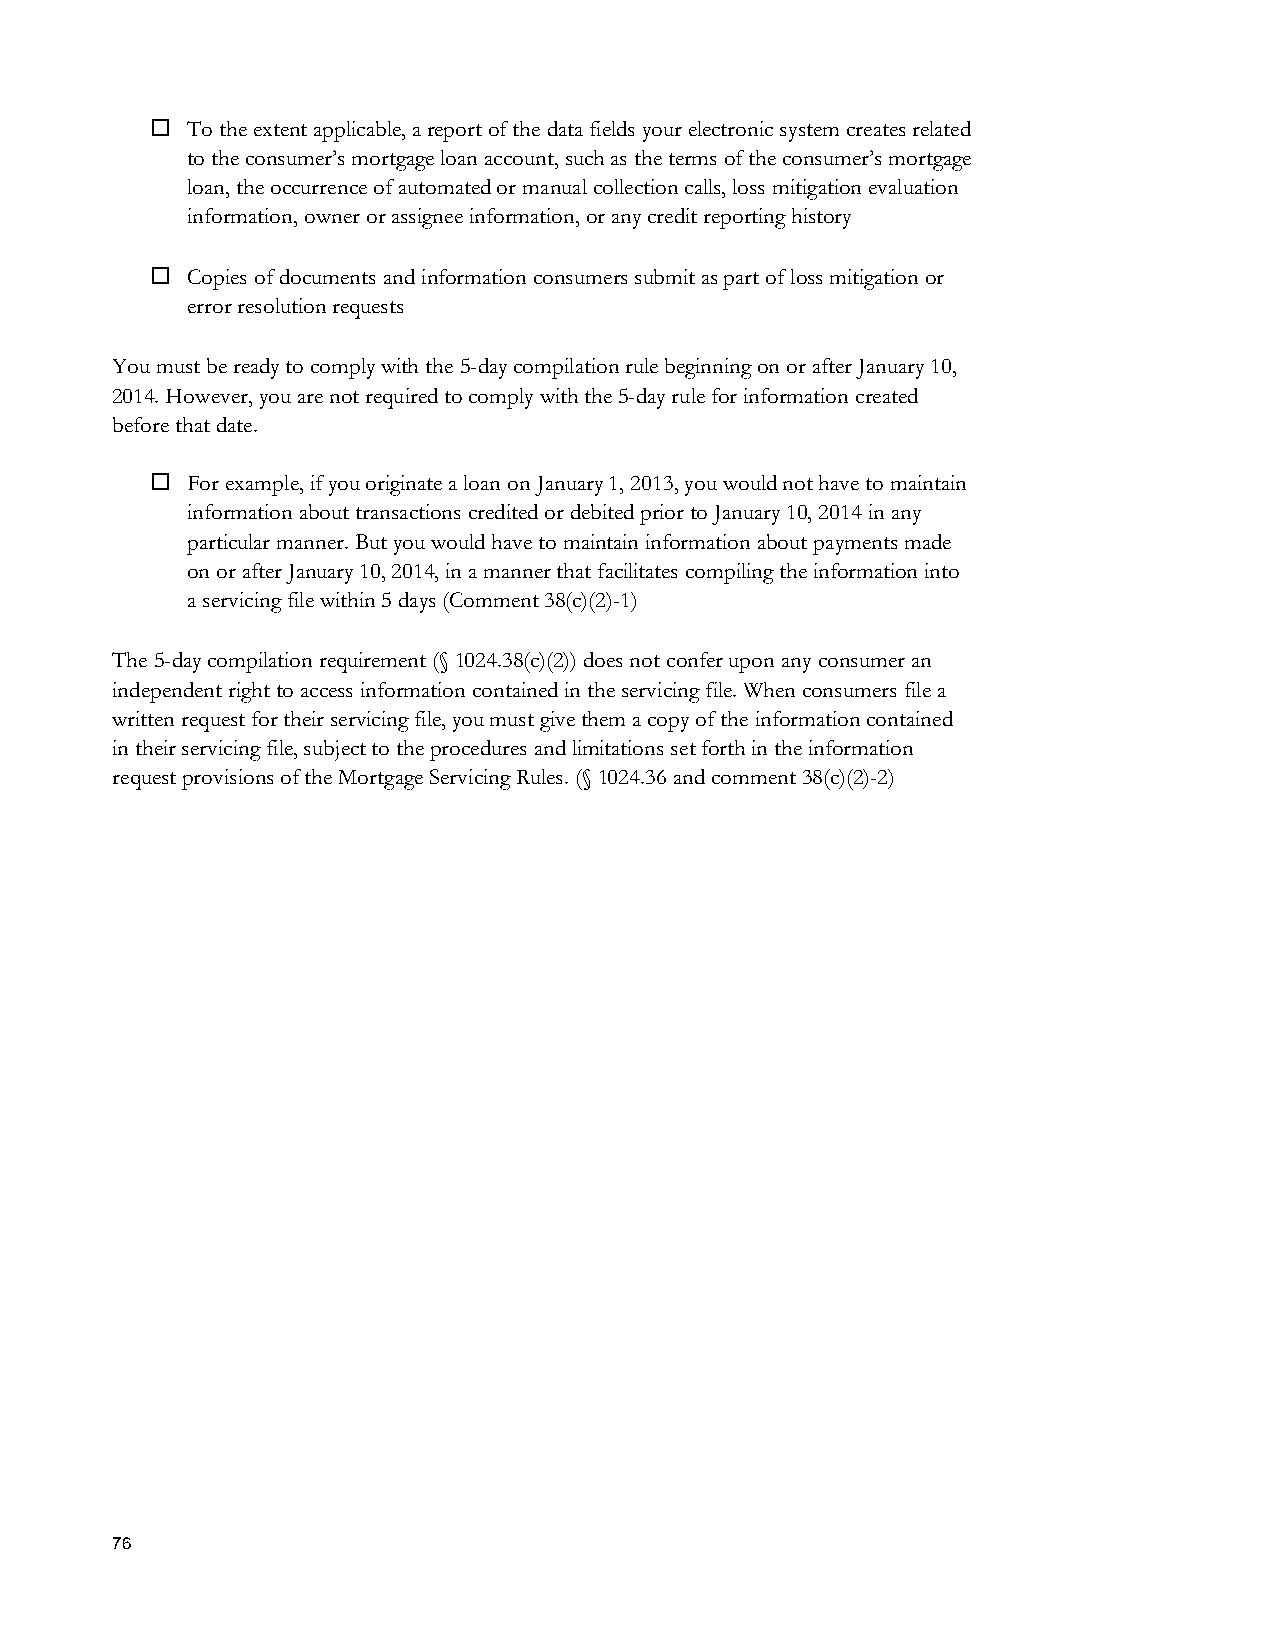
 To the extent applicable, a report of the data fields your electronic system creates related
 to the consumer’s mortgage loan account, such as the terms of the consumer’s mortgage
 loan, the occurrence of automated or manual collection calls, loss mitigation evaluation
 information, owner or assignee information, or any credit reporting history
  Copies of documents and information consumers submit as part of loss mitigation or
 error resolution requests
 You must be ready to comply with the 5-day compilation rule beginning on or after January 10,
 2014. However, you are not required to comply with the 5-day rule for information created
 before that date.
  For example, if you originate a loan on January 1, 2013, you would not have to maintain
 information about transactions credited or debited prior to January 10, 2014 in any
 particular manner. But you would have to maintain information about payments made
 on or after January 10, 2014, in a manner that facilitates compiling the information into
 a servicing file within 5 days (Comment 38(c)(2)-1)
 The 5-day compilation requirement (§ 1024.38(c)(2)) does not confer upon any consumer an
 independent right to access information contained in the servicing file. When consumers file a
 written request for their servicing file, you must give them a copy of the information contained
 in their servicing file, subject to the procedures and limitations set forth in the information
 request provisions of the Mortgage Servicing Rules. (§ 1024.36 and comment 38(c)(2)-2)
 76